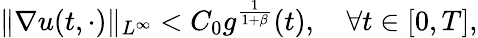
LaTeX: \| \nabla u(t,\cdot)\| _{L^{\infty}}<C_{0}g^{\frac{1}{1+\beta}}(t),\quad\forall t\in[0,T],